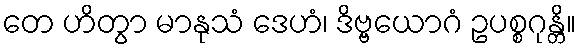
တေ ဟိတွာ မာနုသံ ဒေဟံ၊ ဒိဗ္ဗယောဂံ ဥပစ္စဂုန္တိ။